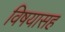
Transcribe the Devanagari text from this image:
विषयासह